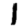
Digit: 1